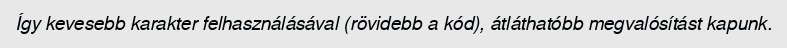
Így kevesebb karakter felhasználásával (rövidebb a kód), átláthatóbb megvalósítást kapunk.